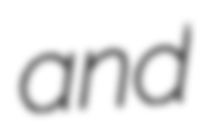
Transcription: and